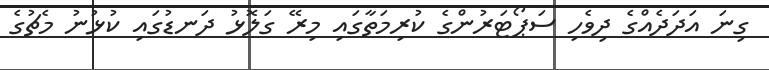
ގިނަ އަދަދެއްގެ ދިވެހި ސަޕޯޓަރުންގެ ކުރިމަތާގައި މިރޭ ގަލޮޅު ދަނޑުގައި ކުޅުނު މެޗުގެ